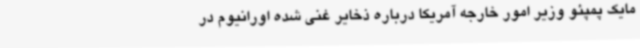
مایک پمپئو وزیر امور خارجه آمریکا درباره ذخایر غنی شده اورانیوم در